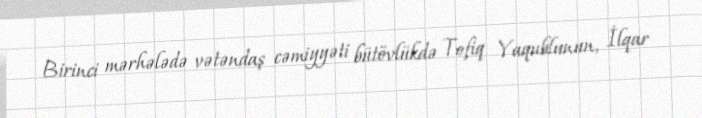
Birinci mərhələdə vətəndaş cəmiyyəti bütövlükdə Tofiq Yaqublunun, İlqar